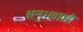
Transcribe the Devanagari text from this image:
अनुभवाशी